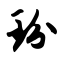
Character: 玢